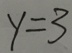
y = 3